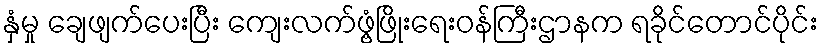
နှံမှု ချေဖျက်ပေးပြီး ကျေးလက်ဖွံ့ဖြိုးရေးဝန်ကြီးဌာနက ရခိုင်တောင်ပိုင်း